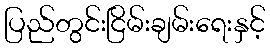
ပြည်တွင်းငြိမ်းချမ်းရေးနှင့်